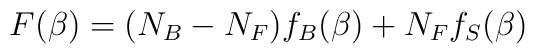
F(\beta)=(N_{B}-N_{F})f_{B}(\beta)+N_{F}f_{S}(\beta)